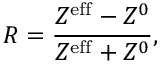
R = \frac { Z ^ { \mathrm { e f f } } - Z ^ { 0 } } { Z ^ { \mathrm { e f f } } + Z ^ { 0 } } ,